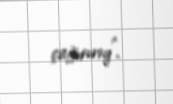
çağırırıq”.